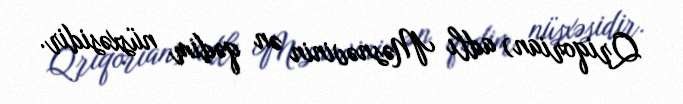
Qriqorian) adlı Məsnəvinin ən qədim nüsxəsidir.